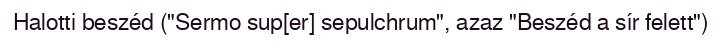
Halotti beszéd ("Sermo sup[er] sepulchrum", azaz "Beszéd a sír felett")